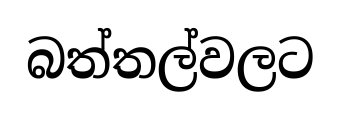
බත්තල්වලට